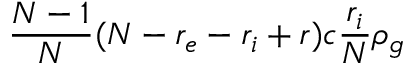
\frac { N - 1 } { N } ( N - r _ { e } - r _ { i } + r ) c \frac { r _ { i } } { N } \rho _ { g }